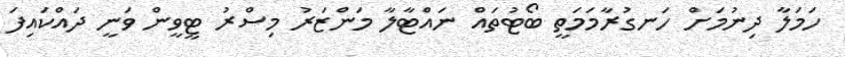
ހަމަލާ ދިނުމަށް ހަނގުރާމަމަތީ ބޯޓުތައް ނައްޓާލާ މަންޒަރު މިސްރު ޓީވީން ވަނީ ދައްކައިފަ